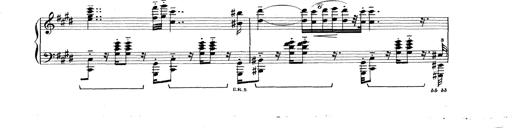
Title: Rapsodie: 19 ungheresi, 1 spagnuola
Composer: Franz Liszt